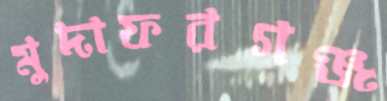
মুদাফরগঞ্জ